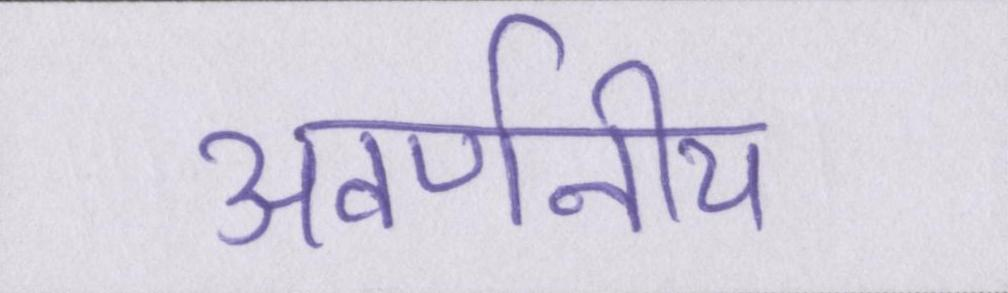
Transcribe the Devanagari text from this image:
अवर्णनीय